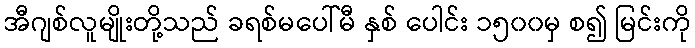
အီဂျစ်လူမျိုးတို့သည် ခရစ်မပေါ်မီ နှစ် ပေါင်း ၁၅၀၀မှ စ၍ မြင်းကို